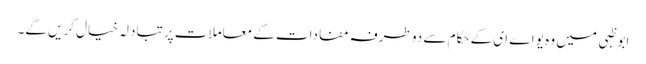
ابو ظبی میں وہ یو اے ای کے حکام سے دو طرفہ مفادات کے معاملات پر تبادلہ خیال کریں گے۔